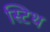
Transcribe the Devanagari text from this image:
स्टिथ